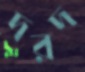
দরদ